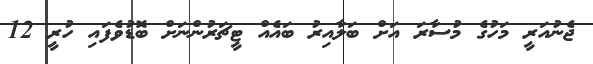
ޖެނުއަރީ މަހުގެ މުސާރަ އަށް ބަލާއިރު ބައެއް ޓީޗަރުންނަށް ބޮޑުވެފައި ހުރީ 12